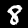
Label: 8